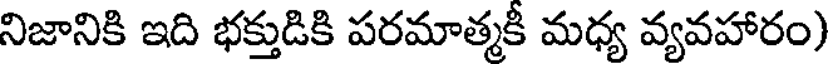
నిజానికి ఇది భక్తుడికి పరమాత్మకీ మధ్య వ్యవహారం)